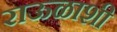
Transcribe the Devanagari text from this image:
राऊळाशी